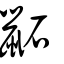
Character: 鼫